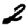
Digit: 2